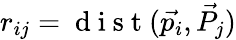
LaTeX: r_{ij}=\mathrm{~d~i~s~t~}(\vec{p_{i}},\vec{P_{j}})